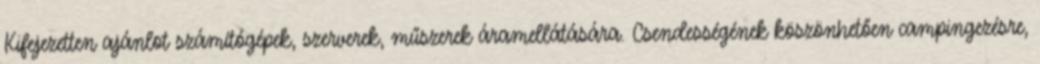
Kifejezetten ajánlot számítógépek, szerverek, műszerek áramellátására. Csendességének köszönhetően campingezésre,